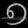
Digit: ၅